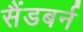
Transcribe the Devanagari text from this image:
सैंडबर्न